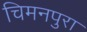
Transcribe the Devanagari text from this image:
चिमनपुरा